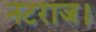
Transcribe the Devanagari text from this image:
नटराज।